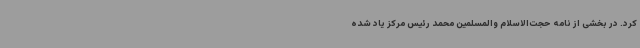
کرد. در بخشی از نامه حجت‌الاسلام والمسلمین محمد رئیس مرکز یاد شده